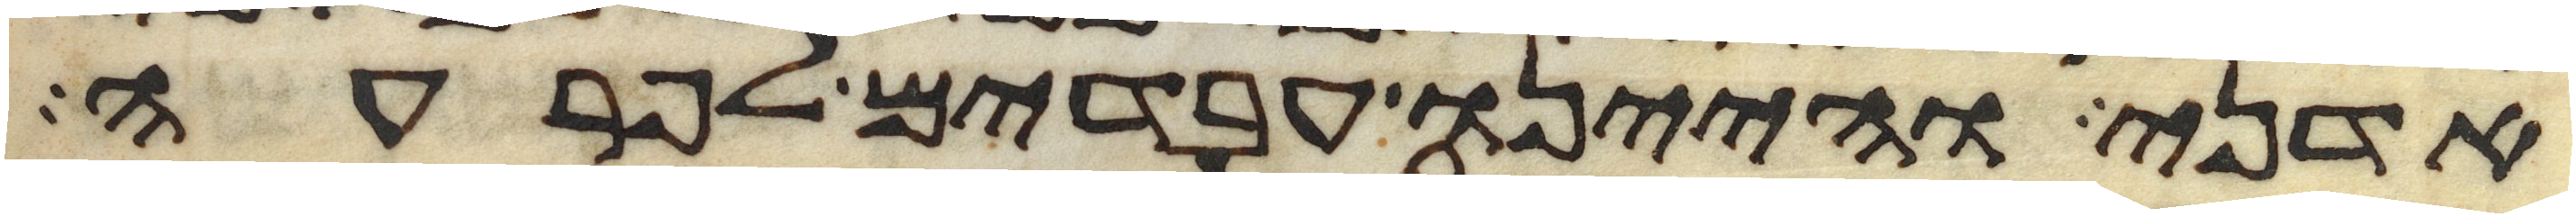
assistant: אדני והיינו עבדים לפרעה